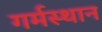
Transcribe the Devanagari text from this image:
गर्मस्थान